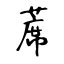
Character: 蓆